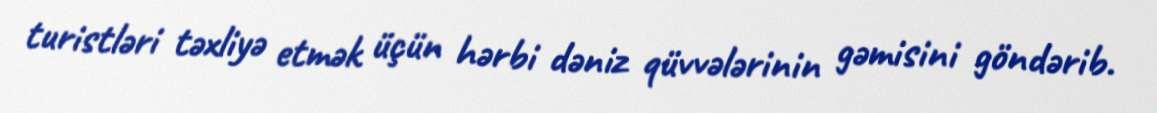
turistləri təxliyə etmək üçün hərbi dəniz qüvvələrinin gəmisini göndərib.